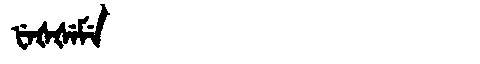
Manchu: ᡶᡝᡧᡧᡝᠮᡝ
Romanization: FEŠŠEME